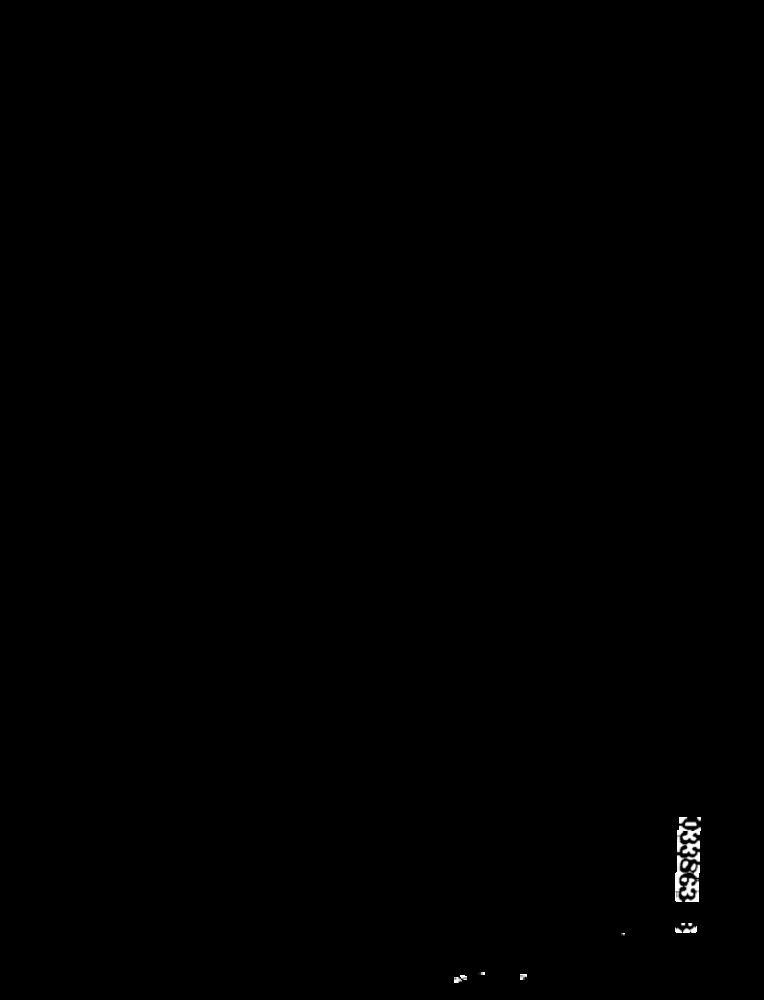
133 863